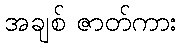
အချစ် ဇာတ်ကား